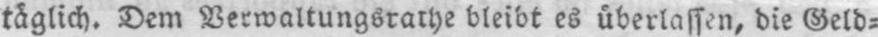
täglich. Dem Verwaltungrathe bleibt es überlassen, die Geld⸗